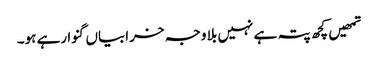
تمھیں کچھ پتہ ہے نہیں بلا وجہ خرابیاں گنوا رہے ہو۔